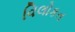
વિલોકત